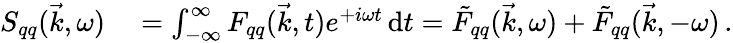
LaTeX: \begin{array}{rl}{S_{qq}(\vec{k},\omega)}&{{}=\int_{-\infty}^{\infty}F_{qq}(\vec{k},t)e^{+i\omega t}\, \mathrm{d}t=\tilde{F}_{qq}(\vec{k},\omega)+\tilde{F}_{qq}(\vec{k},-\omega)\, .}\end{array}